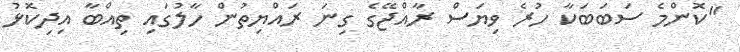
"ކޮންމެ ސަބަބަކާ ހުރެ ވިޔަސް ރާއްޖޭގެ ގިނަ ރައްްޔިތުން ހާލުގައި ތިއްބާ އިދިކޮޅު